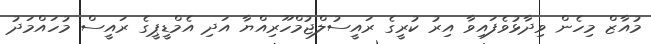
މުއާޒް މިހެން ވިދާޅުވެފައިވާ އިރު ކުރީގެ ރައީސުލްޖުމްހޫރިއްޔާ އަދި އެމްޑީޕީގެ ރައީސް މުހައްމަދު